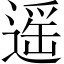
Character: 遥